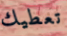
تعطيك